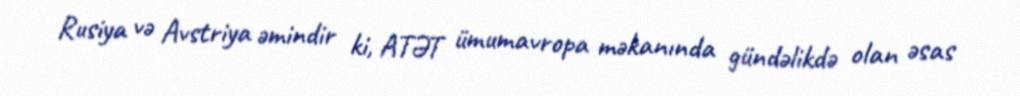
Rusiya və Avstriya əmindir ki, ATƏT ümumavropa məkanında gündəlikdə olan əsas